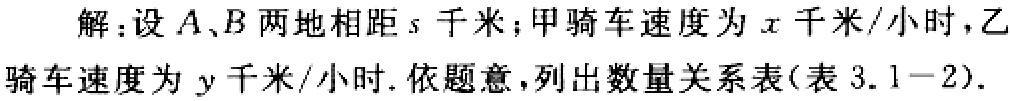
解：设\(A、B\)两地相距\(s\)千米；甲骑车速度为\(x\)千米/小时，乙骑车速度为\(y\)千米/小时. 依题意，列出数量关系表(表 \(3.1 - 2\)).